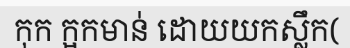
កុក ក្អកមាន់ ដោយយកស្លឹក(